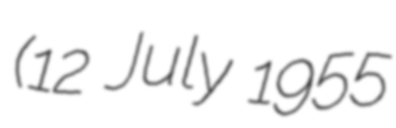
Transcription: (12 July 1955